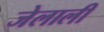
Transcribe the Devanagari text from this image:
जेलाली